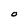
Character: O